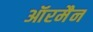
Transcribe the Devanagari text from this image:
ऑरमैन